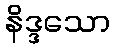
နိဒ္ဒသော